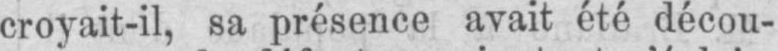
croyait-il, sa présence avait été décou-